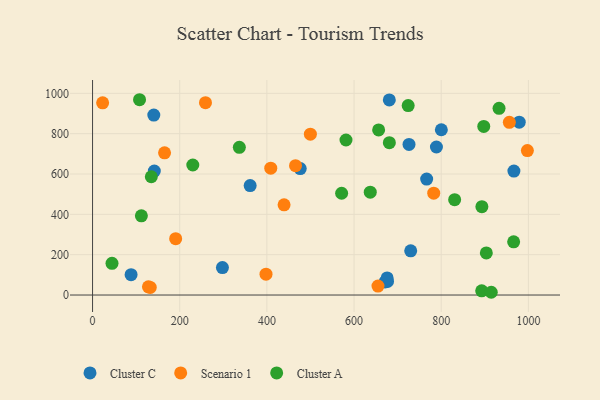
{"axis": {"x": "Engine Size", "y": "Salary"}, "legend": ["Cluster A", "Cluster C", "Scenario 1"], "data": [{"x": "676.8", "y": 67.2, "type": "Cluster C"}, {"x": "141.7", "y": 614.7, "type": "Cluster C"}, {"x": "726.1", "y": 746.9, "type": "Cluster C"}, {"x": "671.2", "y": 65.1, "type": "Cluster C"}, {"x": "800.3", "y": 819.5, "type": "Cluster C"}, {"x": "680.9", "y": 967.5, "type": "Cluster C"}, {"x": "789.0", "y": 733.9, "type": "Cluster C"}, {"x": "88.4", "y": 101.1, "type": "Cluster C"}, {"x": "140.5", "y": 892.0, "type": "Cluster C"}, {"x": "730.0", "y": 219.2, "type": "Cluster C"}, {"x": "675.9", "y": 84.9, "type": "Cluster C"}, {"x": "979.0", "y": 857.0, "type": "Cluster C"}, {"x": "966.8", "y": 614.6, "type": "Cluster C"}, {"x": "298.0", "y": 136.0, "type": "Cluster C"}, {"x": "766.6", "y": 574.9, "type": "Cluster C"}, {"x": "361.6", "y": 542.7, "type": "Cluster C"}, {"x": "476.5", "y": 626.9, "type": "Cluster C"}, {"x": "128.2", "y": 40.5, "type": "Scenario 1"}, {"x": "132.4", "y": 37.4, "type": "Scenario 1"}, {"x": "997.7", "y": 716.4, "type": "Scenario 1"}, {"x": "499.8", "y": 797.3, "type": "Scenario 1"}, {"x": "165.2", "y": 705.2, "type": "Scenario 1"}, {"x": "408.9", "y": 628.8, "type": "Scenario 1"}, {"x": "654.9", "y": 44.2, "type": "Scenario 1"}, {"x": "465.7", "y": 641.2, "type": "Scenario 1"}, {"x": "190.7", "y": 279.3, "type": "Scenario 1"}, {"x": "398.0", "y": 103.2, "type": "Scenario 1"}, {"x": "23.1", "y": 952.9, "type": "Scenario 1"}, {"x": "956.3", "y": 856.3, "type": "Scenario 1"}, {"x": "782.8", "y": 505.2, "type": "Scenario 1"}, {"x": "439.4", "y": 447.3, "type": "Scenario 1"}, {"x": "259.1", "y": 953.6, "type": "Scenario 1"}, {"x": "107.8", "y": 968.3, "type": "Cluster A"}, {"x": "112.0", "y": 392.5, "type": "Cluster A"}, {"x": "571.5", "y": 504.7, "type": "Cluster A"}, {"x": "932.7", "y": 925.7, "type": "Cluster A"}, {"x": "134.8", "y": 586.4, "type": "Cluster A"}, {"x": "637.2", "y": 509.8, "type": "Cluster A"}, {"x": "897.6", "y": 835.9, "type": "Cluster A"}, {"x": "893.3", "y": 438.0, "type": "Cluster A"}, {"x": "830.8", "y": 472.8, "type": "Cluster A"}, {"x": "44.6", "y": 157.1, "type": "Cluster A"}, {"x": "903.5", "y": 208.5, "type": "Cluster A"}, {"x": "656.4", "y": 818.7, "type": "Cluster A"}, {"x": "724.2", "y": 939.2, "type": "Cluster A"}, {"x": "681.0", "y": 755.2, "type": "Cluster A"}, {"x": "230.0", "y": 644.7, "type": "Cluster A"}, {"x": "892.9", "y": 21.0, "type": "Cluster A"}, {"x": "581.5", "y": 768.7, "type": "Cluster A"}, {"x": "336.8", "y": 732.1, "type": "Cluster A"}, {"x": "966.2", "y": 263.5, "type": "Cluster A"}, {"x": "914.8", "y": 13.6, "type": "Cluster A"}]}